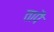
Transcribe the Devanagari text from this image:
तापै